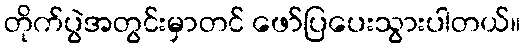
တိုက်ပွဲအတွင်းမှာတင် ဖော်ပြပေးသွားပါတယ်။